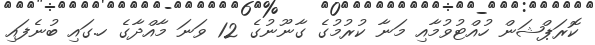
ކޮރަޕްޝަން ހުއްޓުވުމާއި މަނާ ކުރުމުގެ ގާނޫނުގެ 12 ވަނަ މާއްދާގެ ހ.ގައި ބުނެފައި